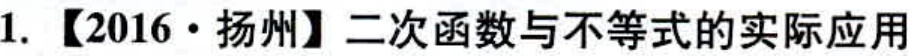
1. 【2016·扬州】二次函数与不等式的实际应用